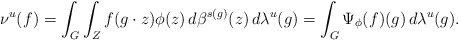
\begin{align*} \nu^{u}(f)=\int_{G}\int_{Z} f(g\cdot z)\phi(z)\,d\beta^{s(g)}(z)\,d\lambda^{u}(g) =\int_{G}\Psi_{\phi}(f)(g) \,d\lambda^{u}(g).\end{align*}